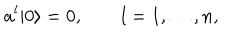
a ^ { l } | 0 \rangle = 0 , \qquad l = 1 , \ldots , n ,